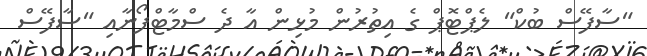
"ސާފޭސް ބުކް" ލެޕްޓޮޕް ގެ އިތުރުން މުޅިން އާ ދެ ސްމާޓްފޯނާއި "ސާފޭސް